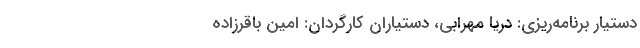
دستیار برنامه‌ریزی: دریا مهرابی، دستیاران کارگردان: امین باقرزاده